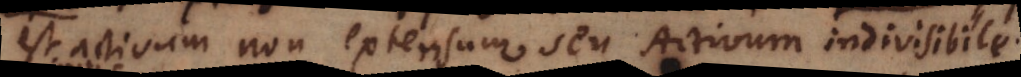
est activum non extensum seu Activum indivisibile.